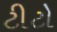
ટીટો